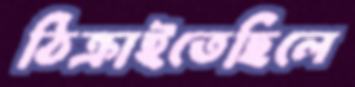
ঠিক্‌রাইতেছিলে